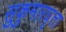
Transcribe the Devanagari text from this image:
सुकुमारघृता